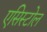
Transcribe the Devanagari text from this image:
एसिस्टोल